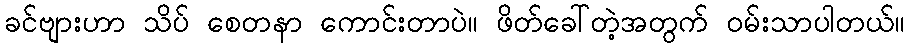
ခင်ဗျားဟာ သိပ် စေတနာ ကောင်းတာပဲ။ ဖိတ်ခေါ်တဲ့အတွက် ဝမ်းသာပါတယ်။